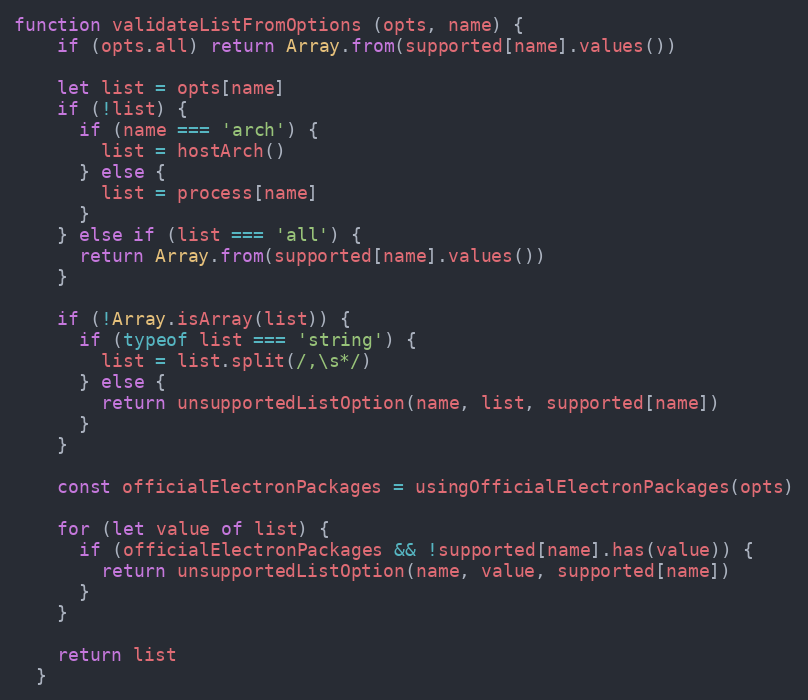
Language: JavaScript
function validateListFromOptions (opts, name) {
    if (opts.all) return Array.from(supported[name].values())

    let list = opts[name]
    if (!list) {
      if (name === 'arch') {
        list = hostArch()
      } else {
        list = process[name]
      }
    } else if (list === 'all') {
      return Array.from(supported[name].values())
    }

    if (!Array.isArray(list)) {
      if (typeof list === 'string') {
        list = list.split(/,\s*/)
      } else {
        return unsupportedListOption(name, list, supported[name])
      }
    }

    const officialElectronPackages = usingOfficialElectronPackages(opts)

    for (let value of list) {
      if (officialElectronPackages && !supported[name].has(value)) {
        return unsupportedListOption(name, value, supported[name])
      }
    }

    return list
  }